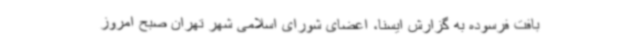
بافت فرسوده به گزارش ایسنا، اعضای شورای اسلامی شهر تهران صبح امروز